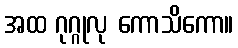
အထ ဂုဂ္ဂုလု ကောသိကော။